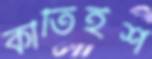
কীর্তিইশ